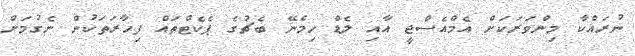
ނުރައްކާ މިންވަރަކަށް އެމްއެސްޖީ އާއި ލެޑް ހިމެނޭ ބެޗުގެ ޕެކެޓްތައް ފިހާރަތަކުން ނެގުމަށް